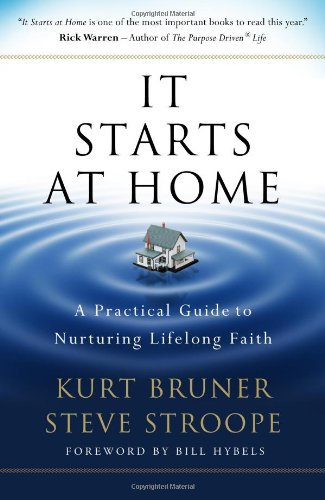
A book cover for It Starts at Home: A Practical Guide to Nurturing Lifelong Faith; Kurt D. Bruner; Christian Books & Bibles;